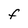
Character: F